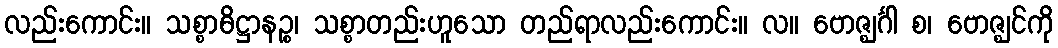
လည်းကောင်း။ သစ္စာဓိဋ္ဌာနဉ္စ၊ သစ္စာတည်းဟူသော တည်ရာလည်းကောင်း။ လ။ ဗောဇ္ဈင်္ဂါ စ၊ ဗောဇ္ဈင်ကို